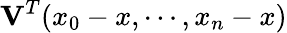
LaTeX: \mathbf{V}^{T}(x_{0}-x,\cdots,x_{n}-x)